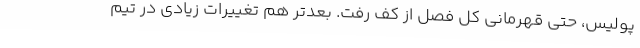
پولیس، حتی قهرمانی کل فصل از کف رفت. بعدتر هم تغییرات زیادی در تیم